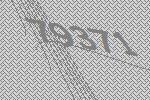
79371